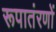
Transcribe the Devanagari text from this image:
रूपातंरणों